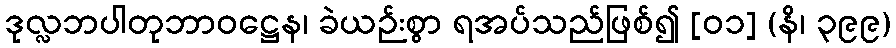
ဒုလ္လဘပါတုဘာဝဋ္ဌေန၊ ခဲယဉ်းစွာ ရအပ်သည်ဖြစ်၍ [၀၁] (နိ၊ ၃၉၉)